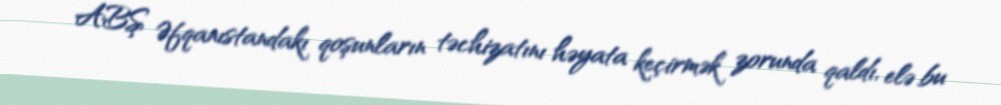
ABŞ Əfqanıstandakı qoşunların təchizatını həyata keçirmək zorunda qaldı, elə bu